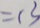
= 1 3